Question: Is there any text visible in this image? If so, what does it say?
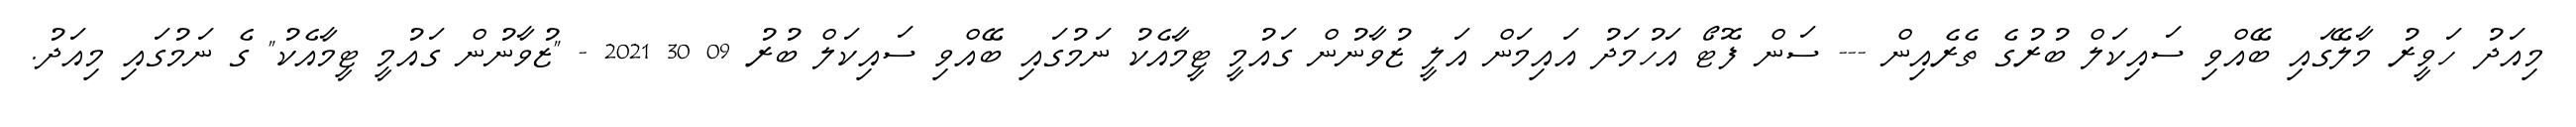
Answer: މިއަދު ހަވީރު މާލޭގައި ބޭއްވި ސައިކަލް ބުރުގެ ތެރެއިން --- ސަން ފޮޓޯ އަހުމަދު އައިމަން އަލީ ޒުވާނުން ގައުމީ ޓީމާއެކު ނަމުގައި ބޭއްވި ސައިކަލް ބުރު 09 30 2021 - "ޒުވާނުން ގައުމީ ޓީމާއެކު" ގެ ނަމުގައި މިއަދު.